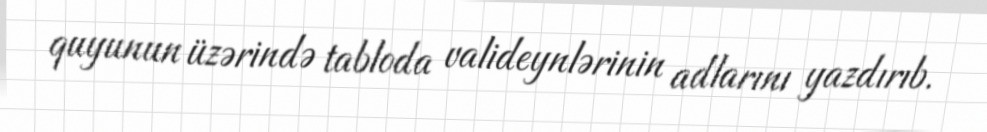
quyunun üzərində tabloda valideynlərinin adlarını yazdırıb.